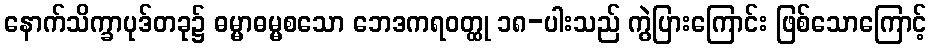
နောက်သိက္ခာပုဒ်တခု၌ ဓမ္မာဓမ္မစသော ဘေဒကရဝတ္ထု ၁၈-ပါးသည် ကွဲပြားကြောင်း ဖြစ်သောကြောင့်